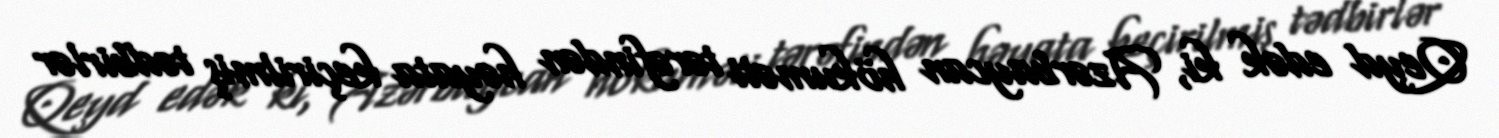
Qeyd edək ki, Azərbaycan hökuməti tərəfindən həyata keçirilmiş tədbirlər